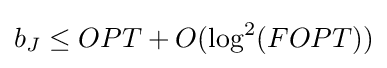
b_{J}\leq OPT+O(\log ^{2}(FOPT))